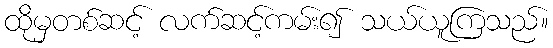
ထိုမှတစ်ဆင့် လက်ဆင့်ကမ်း၍ သယ်ယူကြသည်။